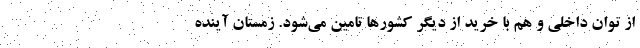
از توان داخلی و هم با خرید از دیگر کشورها تامین می‌شود. زمستان آینده